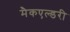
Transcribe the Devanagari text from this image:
मैकएल्डरी